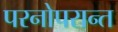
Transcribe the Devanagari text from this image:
परनोपरान्त